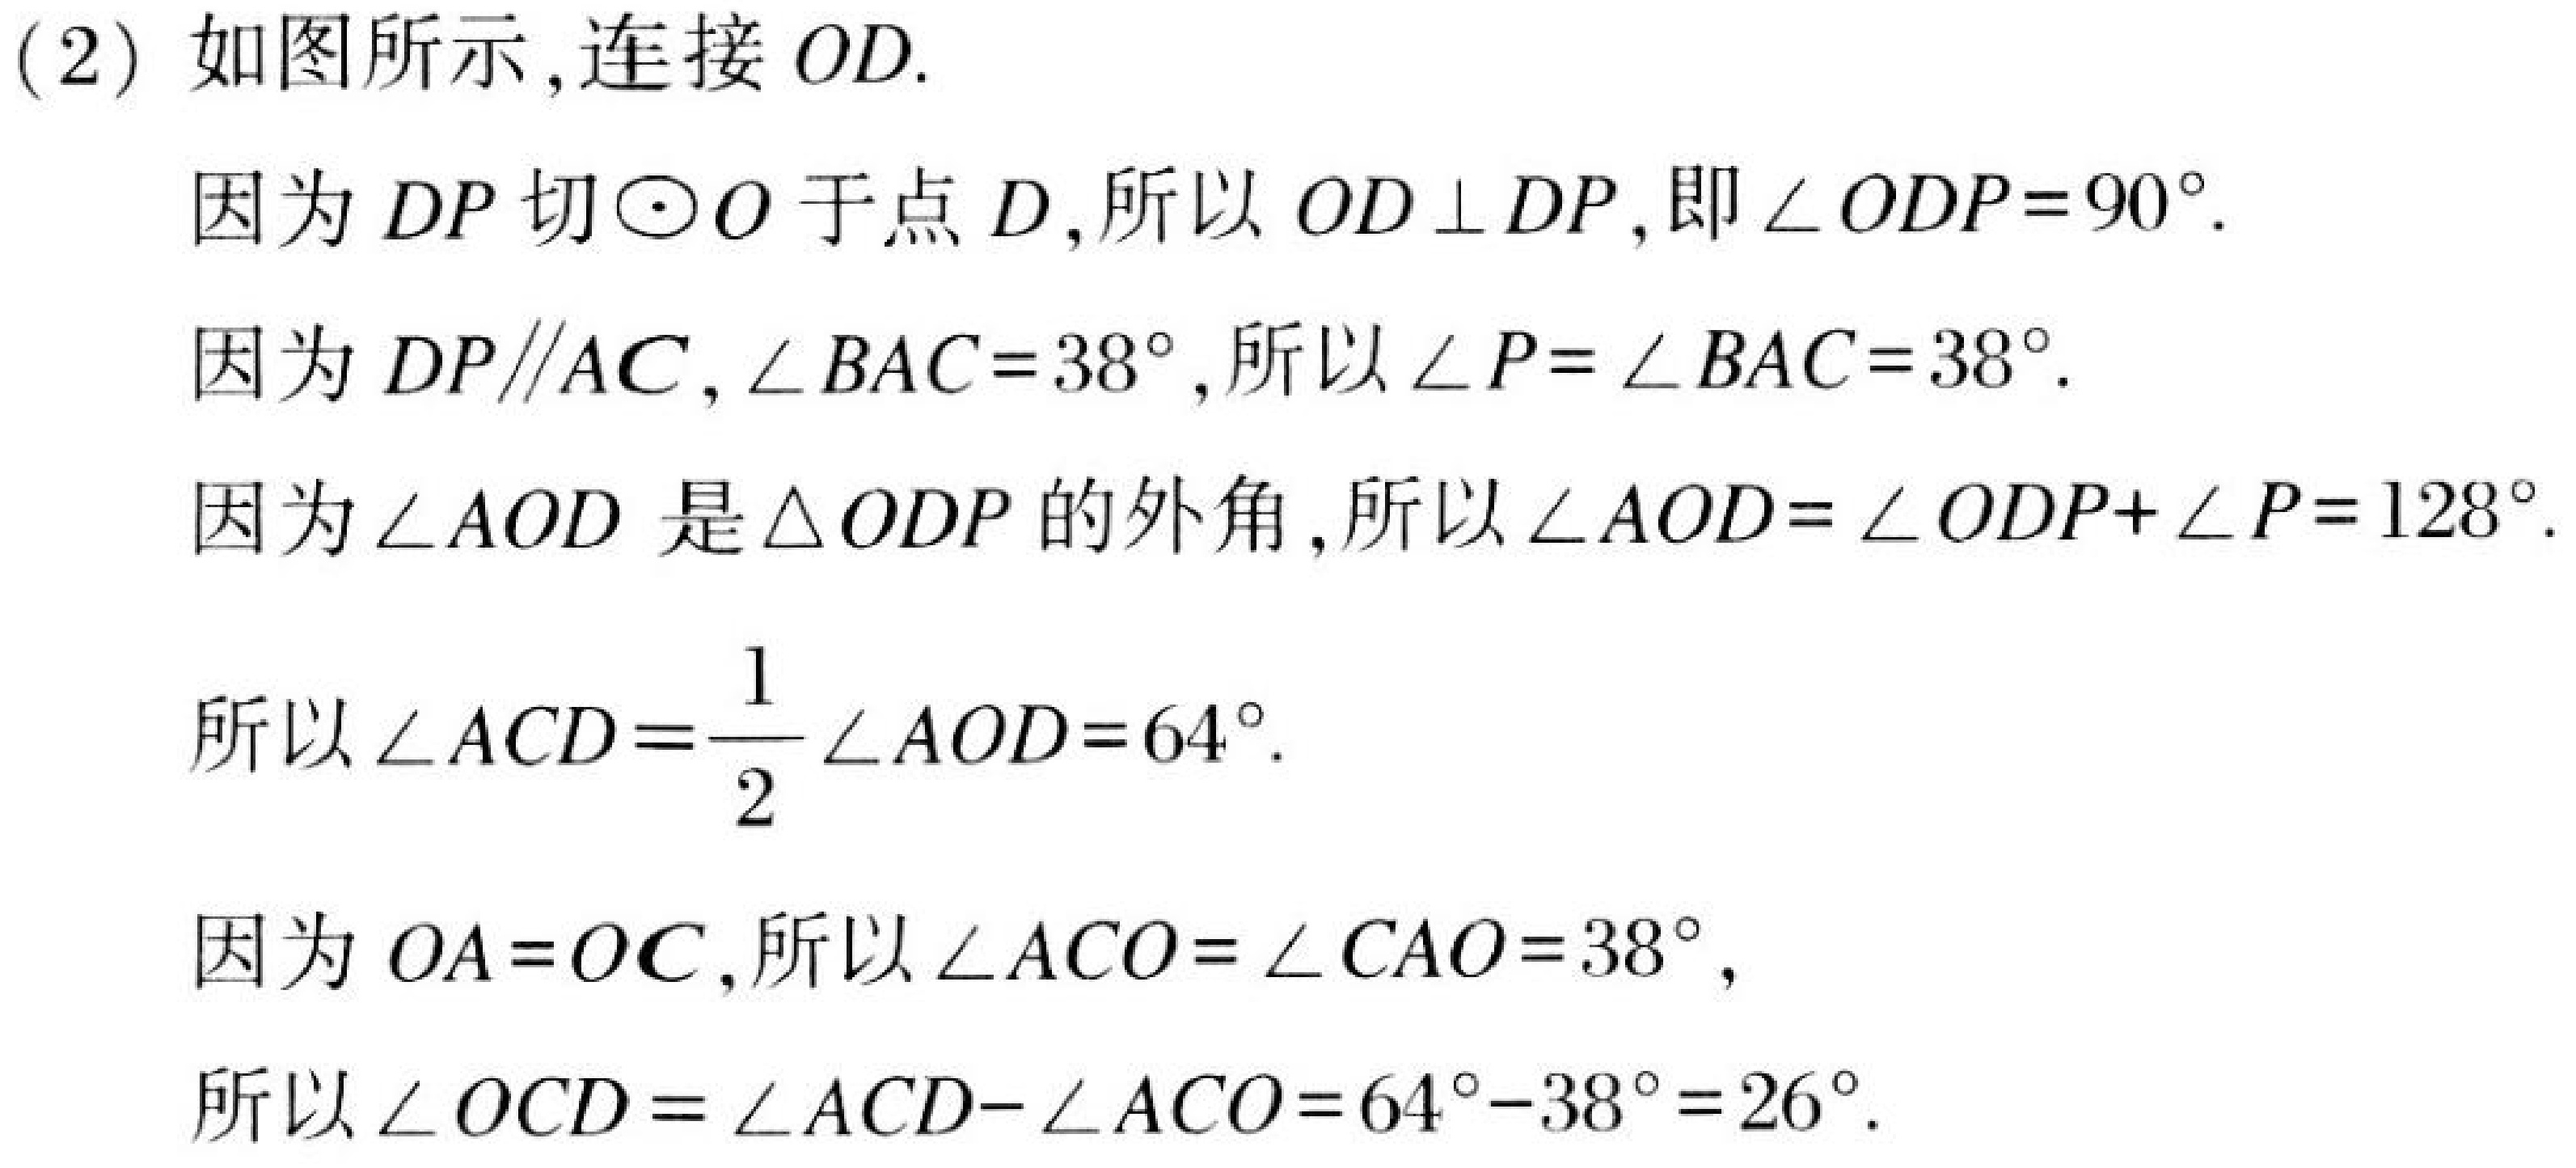
(2) 如图所示,连接 \(OD\).

因为 \(DP\) 切 \(\odot O\) 于点 \(D\),所以 \(OD\perp DP\),即 \(\angle ODP = 90^{\circ}\).

因为 \(DP\parallel AC\), \(\angle BAC = 38^{\circ}\),所以 \(\angle P=\angle BAC = 38^{\circ}\).

因为 \(\angle AOD\) 是 \(\triangle ODP\) 的外角,所以 \(\angle AOD=\angle ODP+\angle P = 128^{\circ}\).

所以 \(\angle ACD=\frac{1}{2}\angle AOD = 64^{\circ}\).

因为 \(OA = OC\),所以 \(\angle ACO=\angle CAO = 38^{\circ}\),

所以 \(\angle OCD=\angle ACD - \angle ACO=64^{\circ}-38^{\circ}=26^{\circ}\).